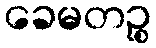
ခေမတဉ္စ